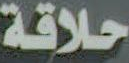
حلاقة